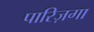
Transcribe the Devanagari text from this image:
पारिज़गा